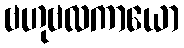
ဗဟုဗလကာယော